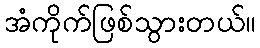
အံကိုက်ဖြစ်သွားတယ်။